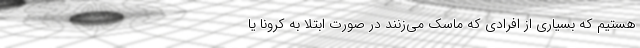
هستیم که بسیاری از افرادی که ماسک می‌زنند در صورت ابتلا به کرونا یا